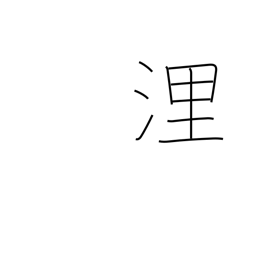
Meaning: nautical mile